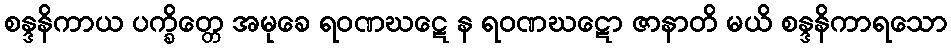
စန္ဒနိကာယ ပက္ခိတ္တေ အမုခေ ရဝဏဃဋေ န ရဝဏဃဋော ဇာနာတိ မယိ စန္ဒနိကာရသော